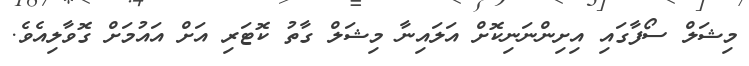
މިޝަލް ސޯފާގައި އިށިންނަނިކޮށް އަލައިނާ މިޝަލް ގާތު ކޮޓަރި އަށް އައުމަށް ގޮވާލިއެވެ.